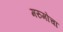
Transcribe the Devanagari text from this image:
मरुमोचा